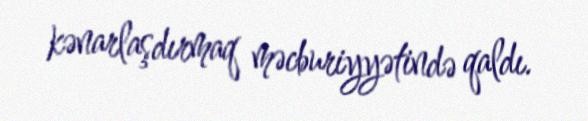
kənarlaşdırmaq məcburiyyətində qaldı.